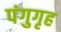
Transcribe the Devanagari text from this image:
पंगुगृह